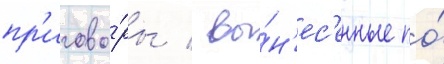
пр'игово́ры / вы́н'ес'енные по́